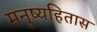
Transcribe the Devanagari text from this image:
मनुष्यहितास